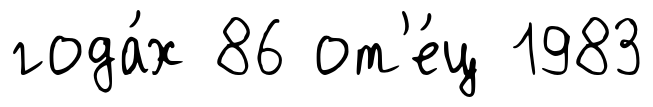
года́х 86 от'е́ц 1983